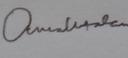
Signature authenticity: genuine